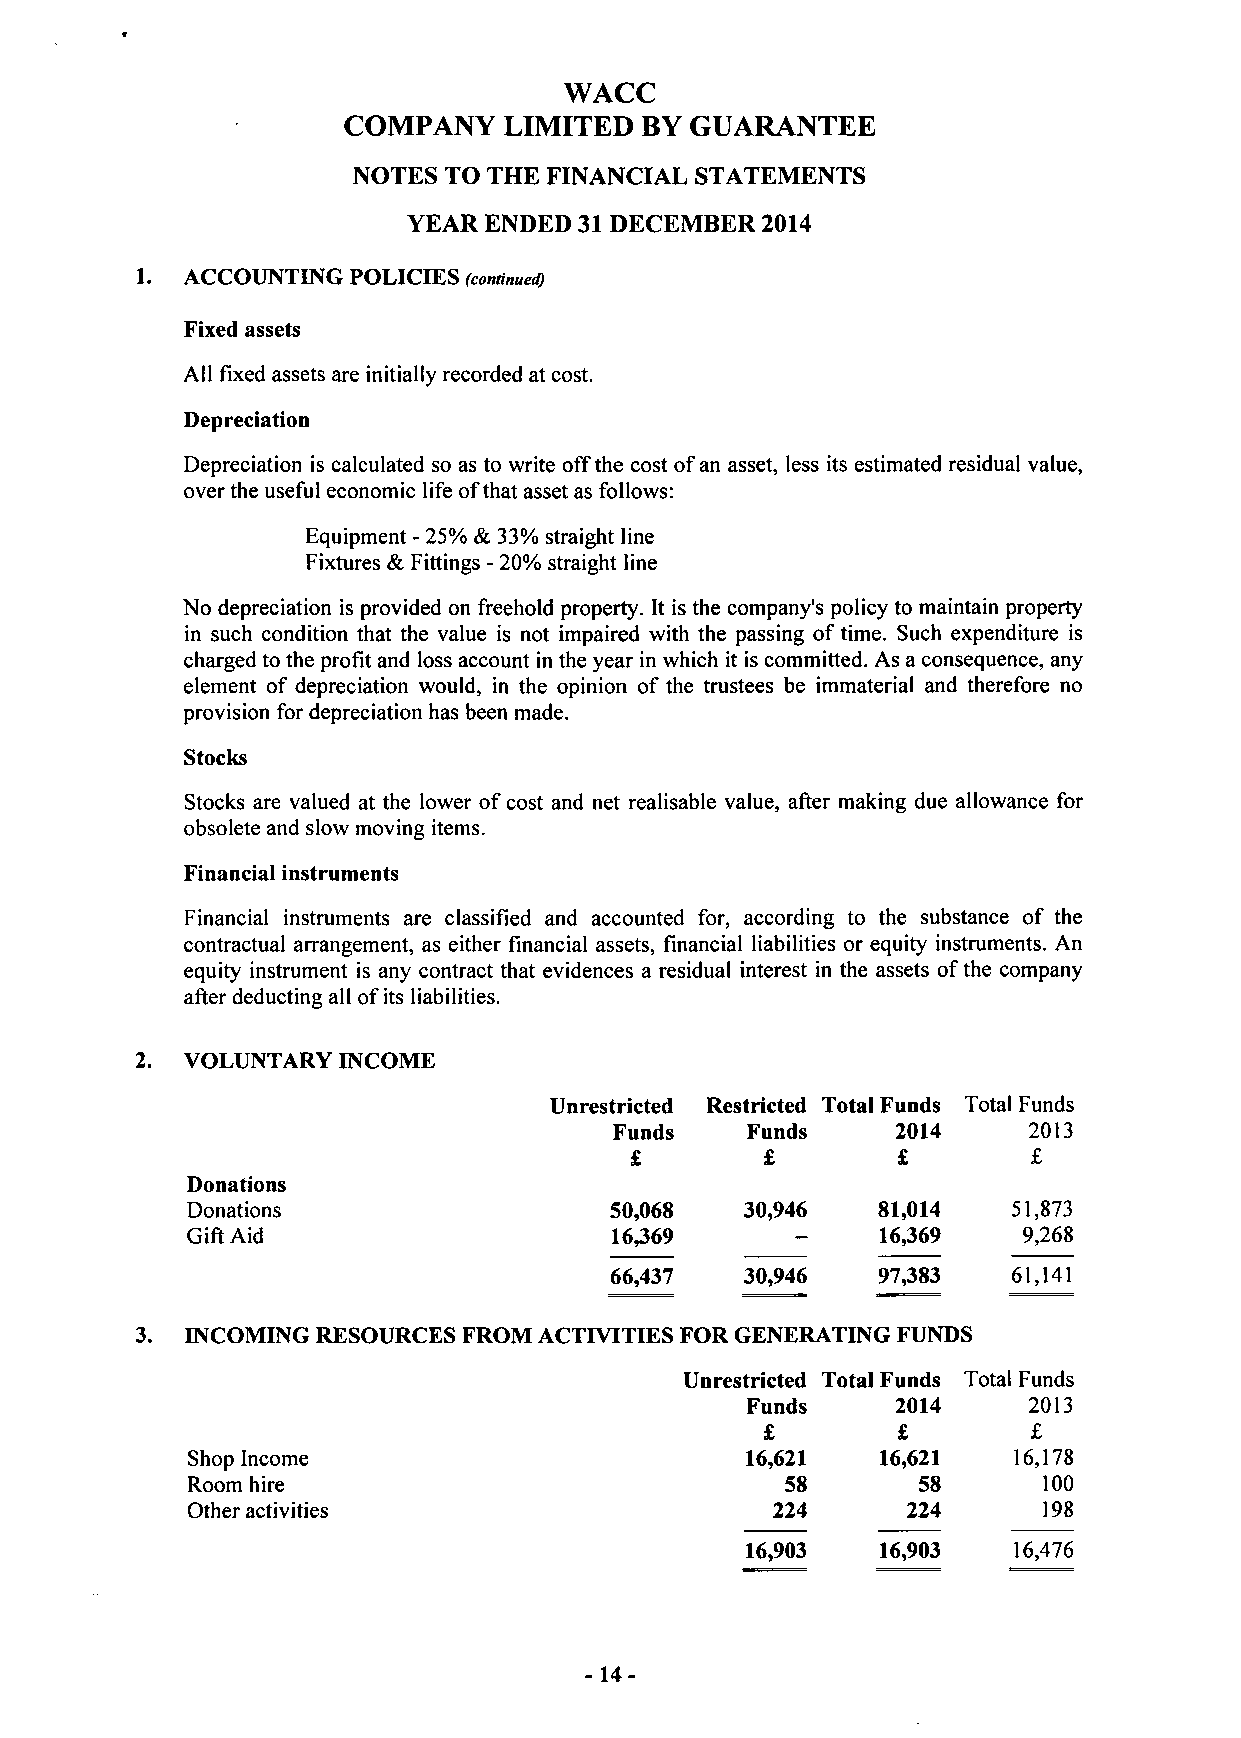
WACC
 COMPANY   LIMITED  BY  GUARANTEE
 NOTES TO THE FINANCIAL STATEMENTS
 YEAR ENDED 31 DECEMBER 2014
 1. ACCOUNTING POLICIES (continued)
 Fixed assets
 All fixed assets are initially recorded at cost.
 Depreciation
 Depreciation is calculated so as to write off the cost of an asset, less its estimated residual value,
 over the useful economic life of that asset as follows:
 Equipment - 25% & 33% straight line
 Fixtures & Fittings - 20% straight line
 No depreciation is provided on freehold property. It is the company's policy to maintain property
 in such condition that the value is not impaired with the passing of time. Such expenditure is
 charged to the profit and loss account in the year in which it is committed. As a consequence, any
 element of depreciation would, in the opinion of the trustees be immaterial and therefore no
 provision for depreciation has been made.
 Stocks
 Stocks are valued at the lower of cost and net realisable value, after making due allowance for
 obsolete and slow moving items.
 Financial instruments
 Financial instruments are classified and accounted for, according to the substance of the
 contractual arrangement, as either financial assets, financial liabilities or equity instruments. An
 equity instrument is any contract that evidences a residual interest in the assets of the company
 after deducting all of its liabilities.
 VOLUNTARY  INCOME
 Unrestricted Restricted Total Funds Total Funds
 Funds   Funds     2014     2013
 £        £       £        £
 Donations
 Donations                   50,068   30,946   81,014   51,873
 Gift Aid                    16,369            16,369    9,268
 66,437   30,946   97,383   61,141
 INCOMING RESOURCES FROM ACTIVITIES FOR GENERATING FUNDS
 Unrestricted Total Funds Total Funds
 Funds     2014     2013
 £       £        £
 Shop Income                          16,621   16,621   16,178
 Room hire                               58       58      100
 Other activities                       224      224      198
 16,903   16,903   16,476
 - 14-